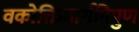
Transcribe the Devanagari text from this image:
वकोक्तिमार्गनिपुण